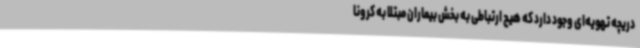
دریچه تهویه‌ای وجود دارد که هیچ ارتباطی به بخش بیماران مبتلا به کرونا